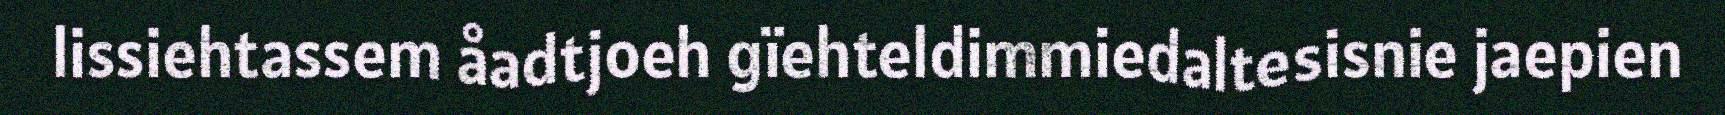
lissiehtassem åadtjoeh gïehteldimmiedaltesisnie jaepien